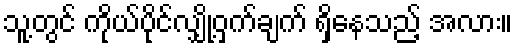
သူ့တွင် ကိုယ်ပိုင်လျှို့ဝှက်ချက် ရှိနေသည့် အလား။